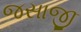
જસાજી